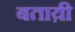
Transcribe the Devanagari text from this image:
बताय़ी